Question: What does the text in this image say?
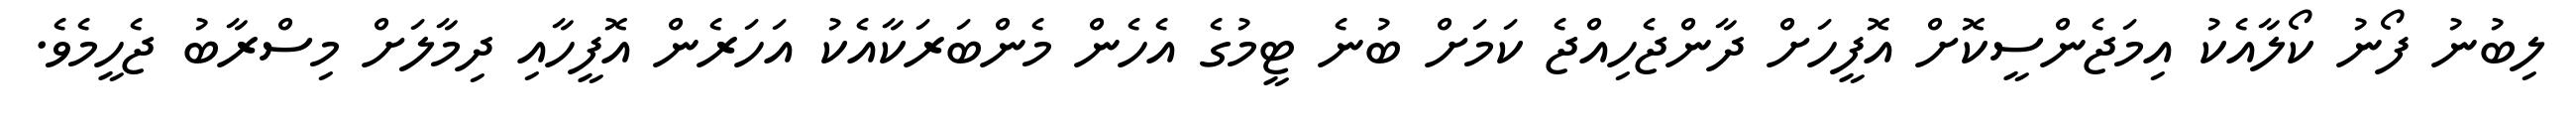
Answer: ލިބުނު ފޯނު ކޯލާއެކު އިމަޖެންސީކޮށް އޮފީހަށް ދާންޖެހިއްޖެ ކަމަށް ބުނެ ޓީމުގެ އެހެން މެންބަރަކާއެކު އަހަރެން އޮފީހާއި ދިމާލަށް މިސްރާބު ޖެހީމެވެ.